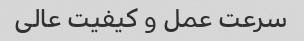
سرعت عمل و کیفیت عالی